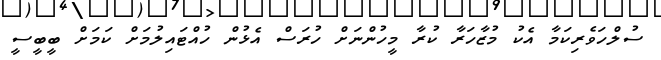
ސުލްހަވެރިކަމާ އެކު މުޒާހަރާ ކުރާ މީހުންނަށް ހުރަސް އެޅުން ހުއްޓައިލުމަށް ކަމަށް ބީބީސީ